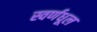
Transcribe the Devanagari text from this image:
स्वर्णधूल